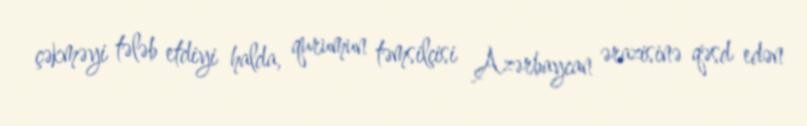
çəkməyi tələb etdiyi halda, qurumun təmsilçisi Azərbaycan ərazisinə qəsd edən